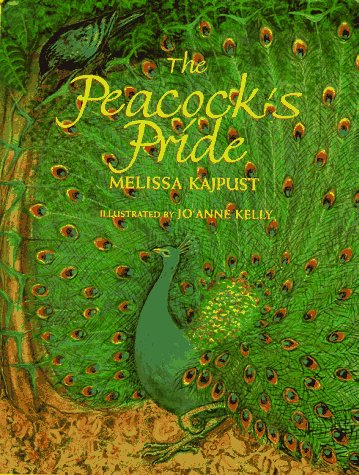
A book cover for The Peacock's Pride; Melissa Kajpust; Children's Books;